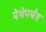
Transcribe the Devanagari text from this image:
येथेपर्यंत